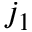
j _ { 1 }